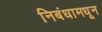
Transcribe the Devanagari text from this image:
निबंधामधून